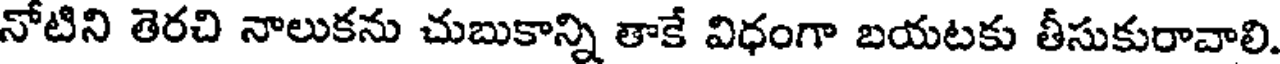
నోటిని తెరచి నాలుకను చుబుకాన్ని తాకే విధంగా బయటకు తీసుకురావాలి.